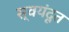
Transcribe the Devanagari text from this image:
स्वयंदूत